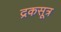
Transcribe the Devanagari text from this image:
द्रकसूत्र